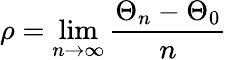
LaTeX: \rho=\operatorname*{lim}_{n\to\infty}\frac{\Theta_{n}-\Theta_{0}}{n}